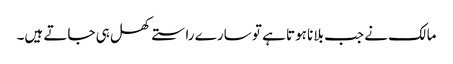
مالک نے جب بلانا ہوتا ہے تو سارے راستے کھل ہی جاتے ہیں۔